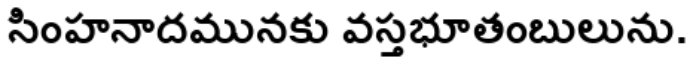
సింహనాదమునకు వస్తభూతంబులును.